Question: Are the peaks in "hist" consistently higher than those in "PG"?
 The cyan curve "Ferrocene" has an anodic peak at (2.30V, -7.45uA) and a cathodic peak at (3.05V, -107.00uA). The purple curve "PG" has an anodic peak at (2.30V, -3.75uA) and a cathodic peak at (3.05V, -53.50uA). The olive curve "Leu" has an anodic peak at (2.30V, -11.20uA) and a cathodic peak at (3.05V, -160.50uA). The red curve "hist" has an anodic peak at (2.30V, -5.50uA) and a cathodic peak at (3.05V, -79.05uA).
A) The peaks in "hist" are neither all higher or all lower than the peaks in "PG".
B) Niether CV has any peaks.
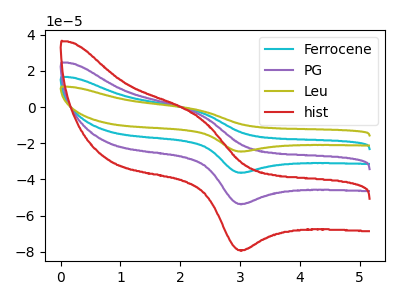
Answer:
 <answer>A) The peaks in "hist" are neither all higher or all lower than the peaks in "PG".</answer>
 <eval>A</eval>